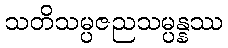
သတိသမ္ပဇညသမ္ပန္နဿ